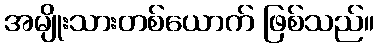
အမျိုးသားတစ်ယောက် ဖြစ်သည်။